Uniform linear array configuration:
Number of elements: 64
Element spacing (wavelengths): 0.25
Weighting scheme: hamming
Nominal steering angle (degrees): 0
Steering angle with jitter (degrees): -1.234
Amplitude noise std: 0.05
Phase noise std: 0.05

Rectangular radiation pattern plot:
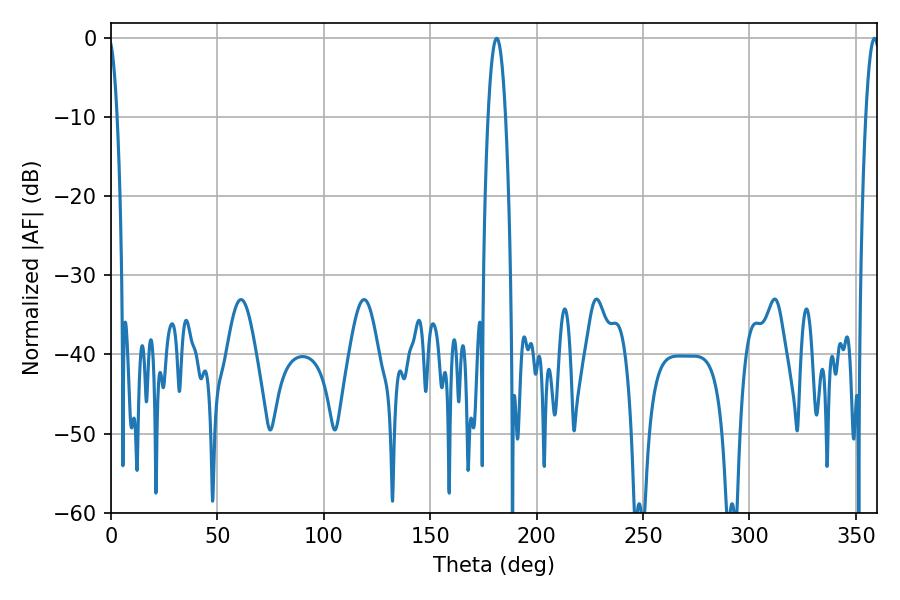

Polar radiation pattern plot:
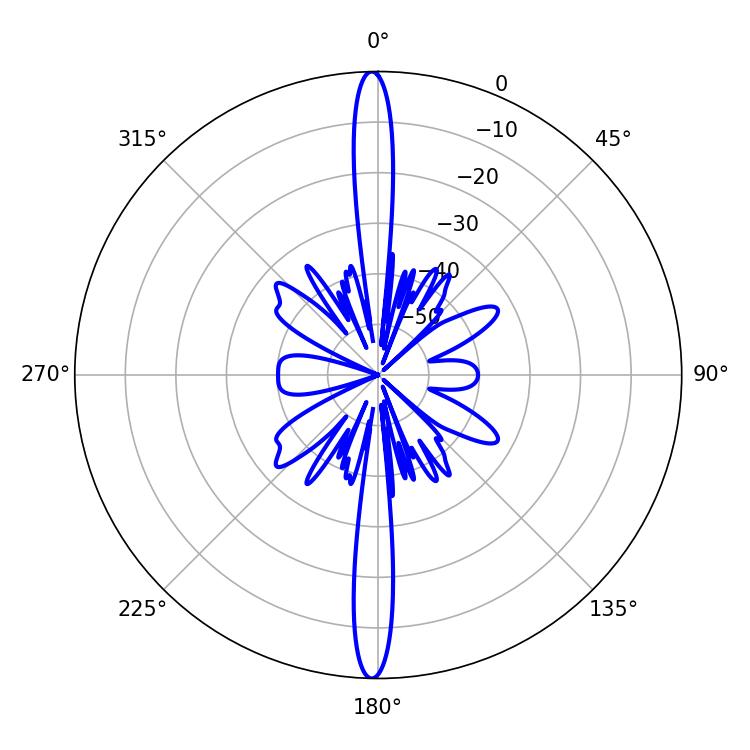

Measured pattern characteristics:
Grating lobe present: FALSE
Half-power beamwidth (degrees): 4.5
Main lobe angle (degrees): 181.26